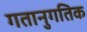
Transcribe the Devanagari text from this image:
गतानुगतिक